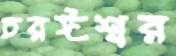
চরঈশ্বর